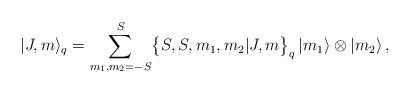
\begin{align*} |J,m \rangle_q = \sum_{m_1,m_2=-S}^S \bigl\{ S , S , m_1 , m_2 | J , m \bigr\}_q \, |m_1 \rangle \otimes |m_2\rangle \,,\end{align*}